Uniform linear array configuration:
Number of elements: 32
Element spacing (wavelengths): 0.25
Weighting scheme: exponential
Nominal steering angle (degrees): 45
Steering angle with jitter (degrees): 43.363
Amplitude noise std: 0.05
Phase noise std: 0.05

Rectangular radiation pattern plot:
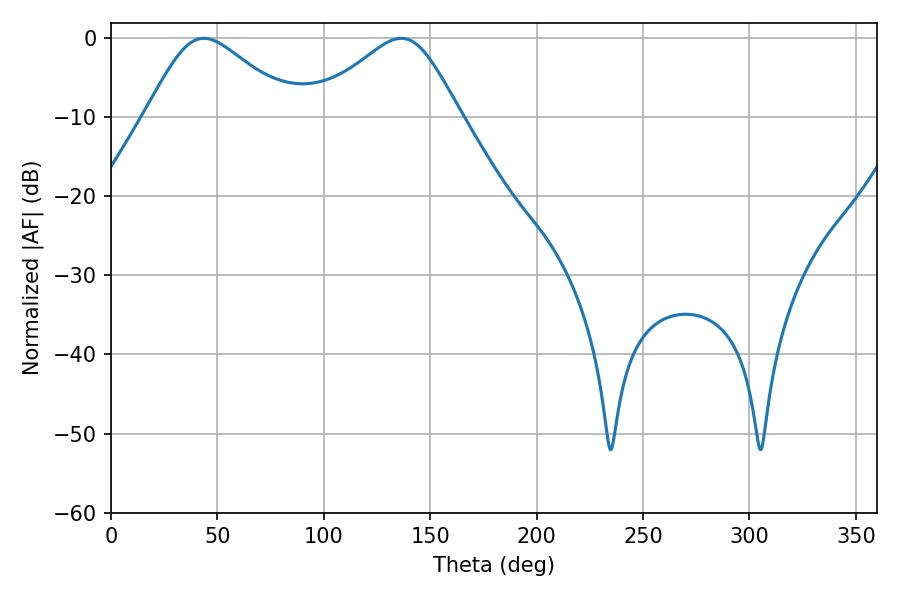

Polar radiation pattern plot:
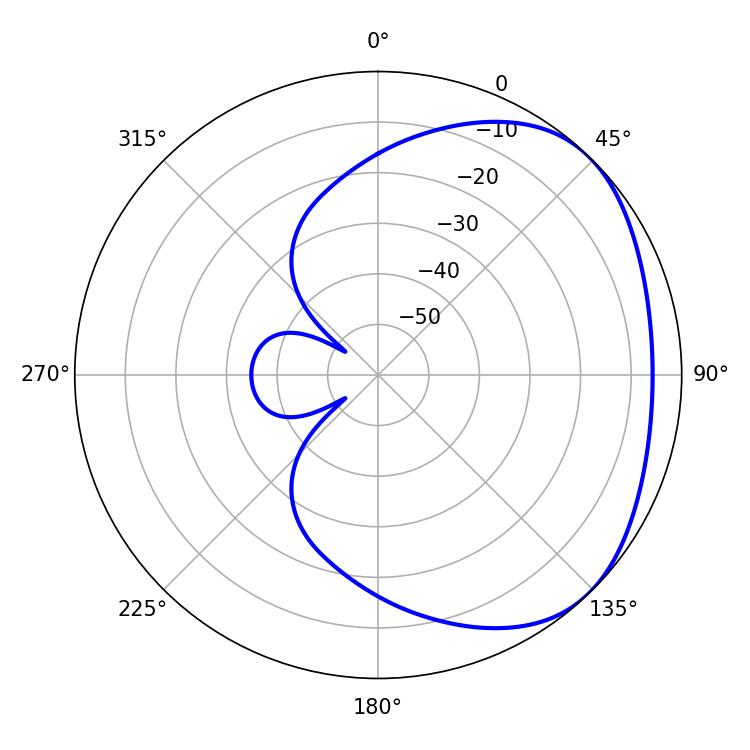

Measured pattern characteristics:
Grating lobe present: FALSE
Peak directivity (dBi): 2.903
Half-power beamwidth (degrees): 34.2
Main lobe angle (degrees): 43.56